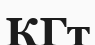
КГт